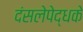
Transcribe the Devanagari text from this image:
दंसलेपेद्धके